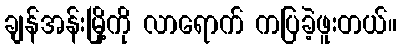
ချန်အန်းမြို့ကို လာရောက် ကပြခဲ့ဖူးတယ်။